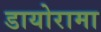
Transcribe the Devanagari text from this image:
डायोरामा